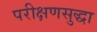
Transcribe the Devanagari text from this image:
परीक्षणसुद्धा